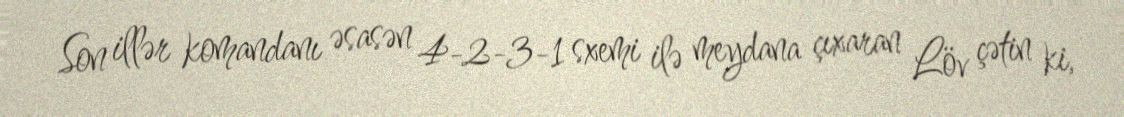
Son illər komandanı əsasən 4-2-3-1 sxemi ilə meydana çıxaran Löv çətin ki,